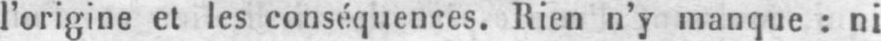
l’origine et les conséquences. Rien n’y manque: ni